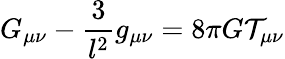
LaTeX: G_{\mu\nu}-\frac 3{l^{2}}g_{\mu\nu}=8\pi G\mathcal{T}_{\mu\nu}